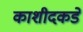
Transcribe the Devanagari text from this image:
काशीदकडे